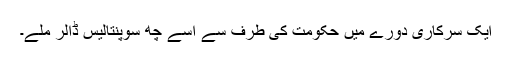
ایک سرکاری دورے میں حکومت کی طرف سے اسے چھ سوپنتالیس ڈالر ملے۔